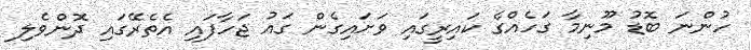
ހުންނަ ބޮޑު މޫނިމާ ގަހެއްގެ ކައިރީގައި ވަށައިގެން ގައު ޖަހާފައި އެތެރޭގައި ދޮންވެލި